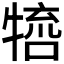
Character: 𤚵